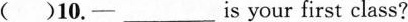
( )10.——____is your first class?